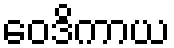
ဝေဒိကာယ